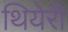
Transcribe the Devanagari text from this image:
थियेरी